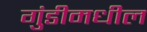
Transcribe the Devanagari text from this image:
गुंडीमधील